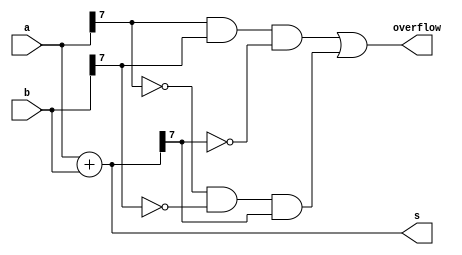
module top_module (
    input [7:0] a,
    input [7:0] b,
    output [7:0] s,
    output overflow
); 
 
     assign s = a + b;
     assign overflow = a[7] && b[7] && (~s[7]) || (~a[7]) && (~b[7]) && (s[7]); 

endmodule

module add( 
    input a, b, cin,
    output cout, sum );
    
	assign cout = a&b | b&cin | a&cin;
	assign sum  = a^b^cin;
endmodule